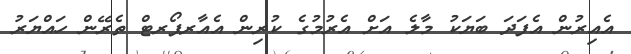
އެއިރުން އެފަދަ ބަޔަކު މާލެ އަށް އެރުމުގެ ކުރިން އެއާރޕޯރޓް ތެރޭން ހައްޔަރު